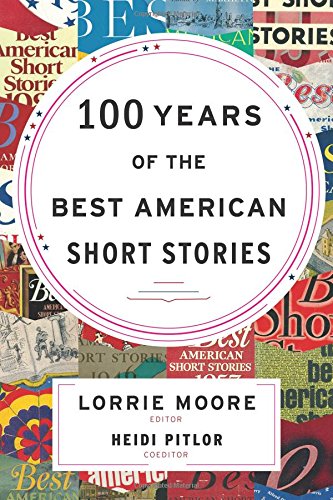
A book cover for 100 Years of The Best American Short Stories; Lorrie Moore; Literature & Fiction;